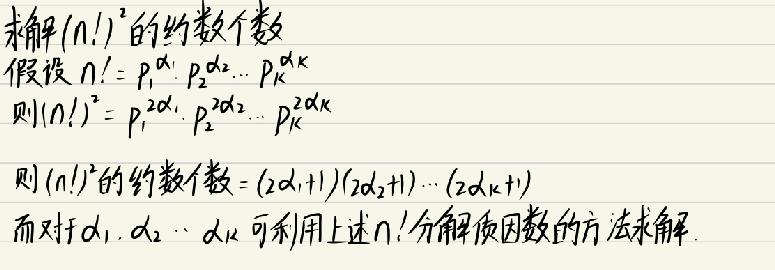
求\(n!^2\)的约数个数

假设\(n!=p_{1}^{a_{1}}p_{2}^{a_{2}}\cdots p_{k}^{a_{k}}\)

则\((n!)^2 = p_{1}^{2a_{1}}p_{2}^{2a_{2}}\cdots p_{k}^{2a_{k}}\)

则\((n!)^2\)的约数个数\(=(2a_{1}+1)(2a_{2}+1)\cdots(2a_{k}+1)\)

而对于\(a_{1},a_{2},\cdots,a_{k}\)可利用上述\(n!\)分解质因数的方法求解。